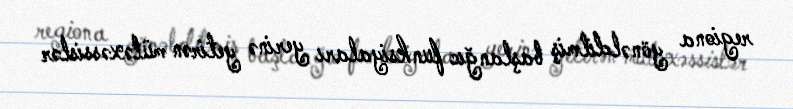
regiona yönəldilmiş başlanğıc funksiyaları yerinə yetirən mütəxəssislər